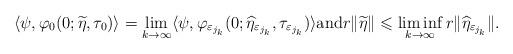
LaTeX: \begin{align*}\noindent \langle \psi, \varphi_0(0;\widetilde \eta,\tau_0)\rangle = \displaystyle \lim_{k\rightarrow\infty} \langle \psi,\varphi_{\varepsilon_{j_k}}(0;\widehat \eta_{\varepsilon_{j_k}},\tau_{\varepsilon_{j_k}})\rangle \mbox{and} r\|\widetilde \eta\| \leqslant \displaystyle \liminf_{k \to \infty} r\|\widehat \eta_{\varepsilon_{j_k}}\|.\end{align*}